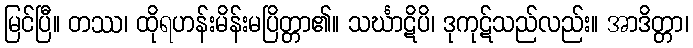
မြင်ပြီ။ တဿ၊ ထိုရဟန်းမိန်းမပြိတ္တာ၏။ သင်္ဃာဋိပိ၊ ဒုကုဋ်သည်လည်း။ အာဒိတ္တာ၊